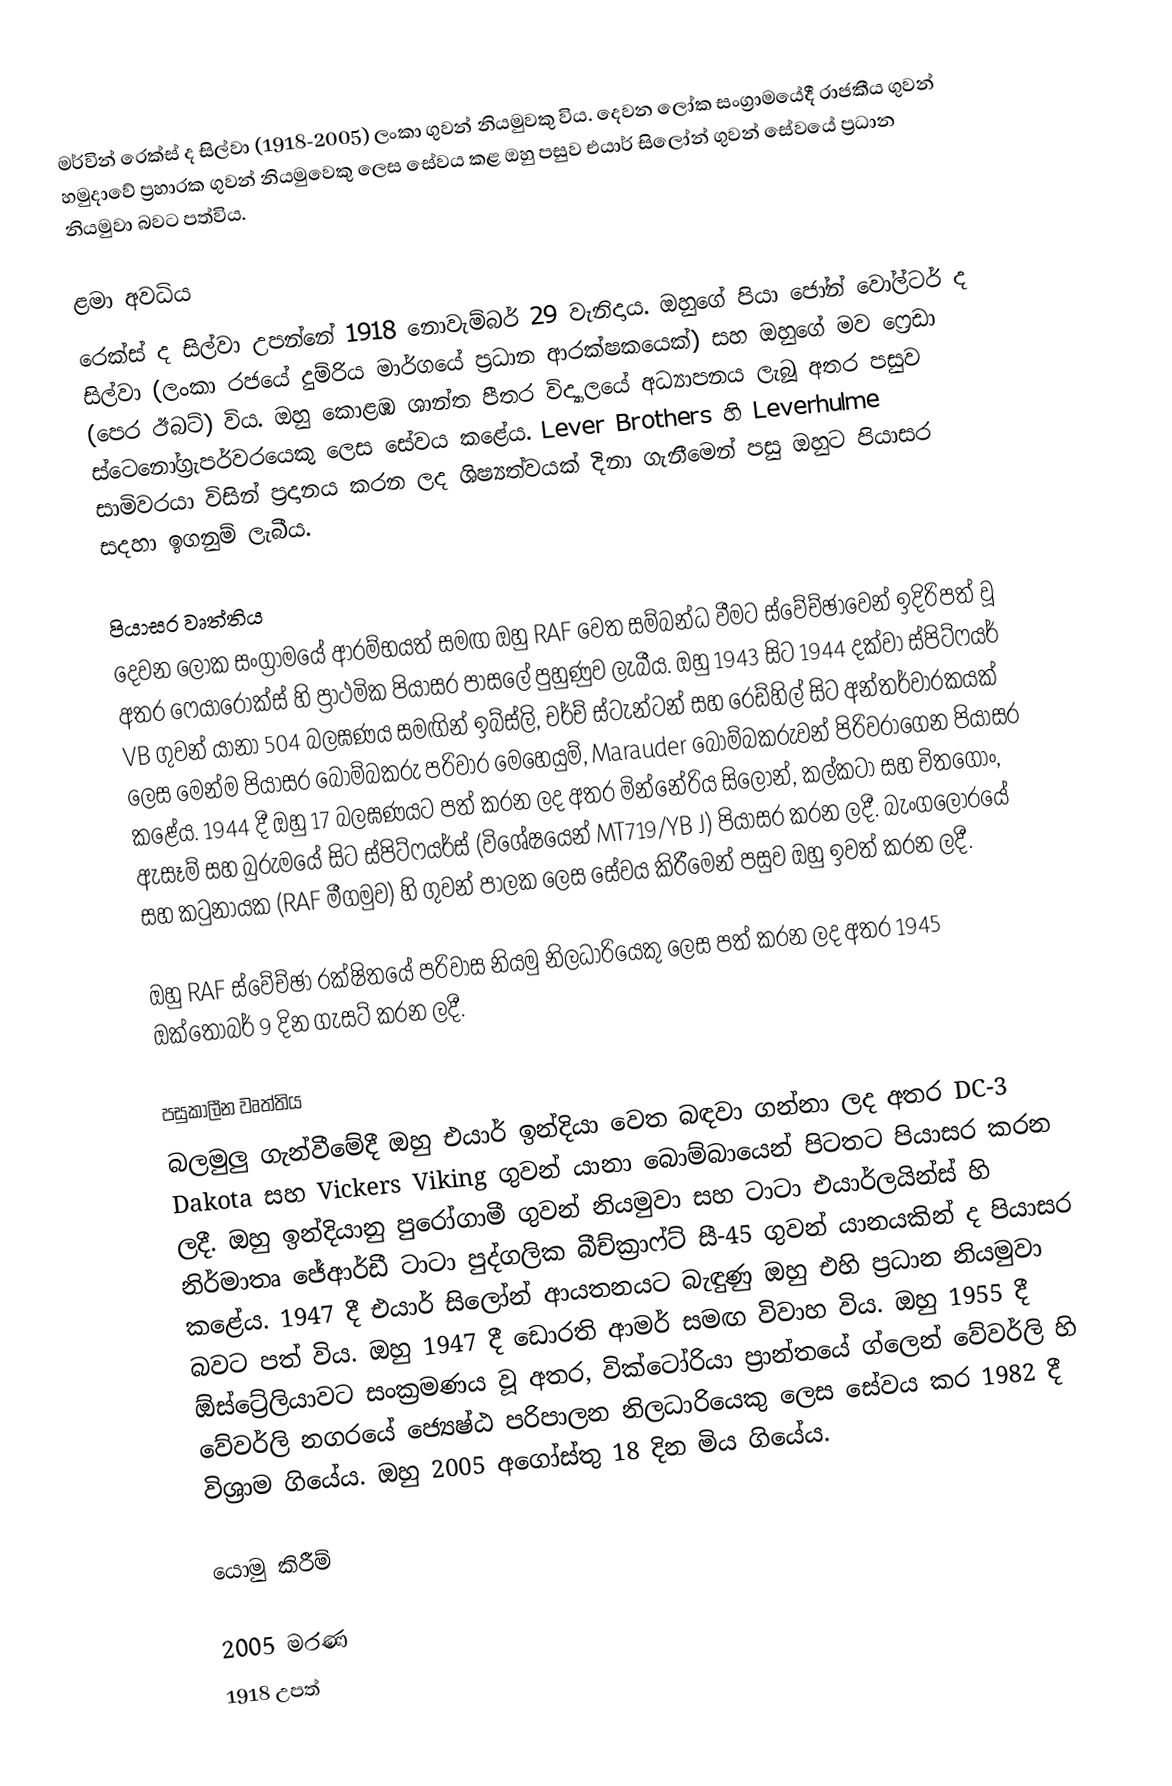
මර්වින් රෙක්ස් ද සිල්වා (1918-2005) ලංකා ගුවන් නියමුවකු විය. දෙවන ලෝක සංග්‍රාමයේදී රාජකීය ගුවන් හමුදාවේ ප්‍රහාරක ගුවන් නියමුවෙකු ලෙස සේවය කළ ඔහු පසුව එයාර් සිලෝන් ගුවන් සේවයේ ප්‍රධාන නියමුවා බවට පත්විය.

ළමා අවධිය
රෙක්ස් ද සිල්වා උපන්නේ 1918 නොවැම්බර් 29 වැනිදාය. ඔහුගේ පියා ජෝන් වෝල්ටර් ද සිල්වා (ලංකා රජයේ දුම්රිය මාර්ගයේ ප්‍රධාන ආරක්ෂකයෙක්) සහ ඔහුගේ මව ෆ්‍රෙඩා (පෙර ඊබට්) විය. ඔහු කොළඹ ශාන්ත පීතර විද්‍යාලයේ අධ්‍යාපනය ලැබූ අතර පසුව ස්ටෙනෝග්‍රැපර්වරයෙකු ලෙස සේවය කළේය. Lever Brothers හි Leverhulme සාමිවරයා විසින් ප්‍රදානය කරන ලද ශිෂ්‍යත්වයක් දිනා ගැනීමෙන් පසු ඔහුට පියාසර සදහා ඉගනුම් ලැබීය.

පියාසර වෘත්තිය
දෙවන ලෝක සංග්‍රාමයේ ආරම්භයත් සමඟ ඔහු RAF වෙත සම්බන්ධ වීමට ස්වේච්ඡාවෙන් ඉදිරිපත් වූ අතර ෆෙයාරොක්ස් හි ප්‍රාථමික පියාසර පාසලේ පුහුණුව ලැබීය. ඔහු 1943 සිට 1944 දක්වා ස්පිට්ෆයර් VB ගුවන් යානා 504 බලඝණය සමඟින් ඉබ්ස්ලි, චර්ච් ස්ටැන්ටන් සහ රෙඩ්හිල් සිට අන්තර්වාරකයක් ලෙස මෙන්ම පියාසර බෝම්බකරු පරිවාර මෙහෙයුම්, Marauder බෝම්බකරුවන් පිරිවරාගෙන පියාසර කළේය. 1944 දී ඔහු 17 බලඝණයට පත් කරන ලද අතර මින්නේරිය සිලෝන්, කල්කටා සහ චිතගොං, ඇසෑම් සහ බුරුමයේ සිට ස්පිට්ෆයර්ස් (විශේෂයෙන් MT719/YB J) පියාසර කරන ලදී.  බැංගලෝරයේ සහ කටුනායක (RAF මීගමුව) හි ගුවන් පාලක ලෙස සේවය කිරීමෙන් පසුව ඔහු ඉවත් කරන ලදී.

ඔහු RAF ස්වේච්ඡා රක්ෂිතයේ පරිවාස නියමු නිලධාරියෙකු ලෙස පත් කරන ලද අතර 1945 ඔක්තෝබර් 9 දින ගැසට් කරන ලදී.

පසුකාලීන වෘත්තිය
බලමුලු ගැන්වීමේදී ඔහු එයාර් ඉන්දියා වෙත බඳවා ගන්නා ලද අතර DC-3 Dakota සහ Vickers Viking ගුවන් යානා බොම්බායෙන් පිටතට පියාසර කරන ලදී. ඔහු ඉන්දියානු පුරෝගාමී ගුවන් නියමුවා සහ ටාටා එයාර්ලයින්ස් හි නිර්මාතෘ ජේආර්ඩී ටාටා පුද්ගලික බීච්ක්‍රාෆ්ට් සී-45 ගුවන් යානයකින් ද පියාසර කළේය. 1947 දී එයාර් සිලෝන් ආයතනයට බැඳුණු ඔහු එහි ප්‍රධාන නියමුවා බවට පත් විය. ඔහු 1947 දී ඩොරති ආමර් සමඟ විවාහ විය. ඔහු 1955 දී ඕස්ට්‍රේලියාවට සංක්‍රමණය වූ අතර, වික්ටෝරියා ප්‍රාන්තයේ ග්ලෙන් වේවර්ලි හි වේවර්ලි නගරයේ ජ්‍යෙෂ්ඨ පරිපාලන නිලධාරියෙකු ලෙස සේවය කර 1982 දී විශ්‍රාම ගියේය. ඔහු 2005 අගෝස්තු 18 දින මිය ගියේය.

යොමු කිරීම්

2005 මරණ
1918 උපත්